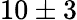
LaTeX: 10\pm 3